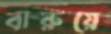
বারুয়ে